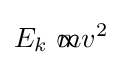
E_{k}\propto {\begin{matrix}\end{matrix}}mv^{2}